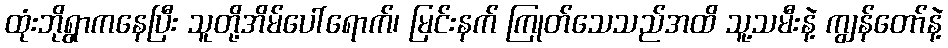
ထုံးဘိုရွာကနေပြီး သူတို့အိမ်ပေါ်ရောက်၊ မြင်းနက် ကြုတ်သေသည်အထိ သူ့သမီးနဲ့ ကျွန်တော်နဲ့